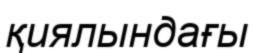
қиялындағы